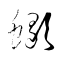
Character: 蠍